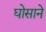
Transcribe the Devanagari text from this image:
घोसाने